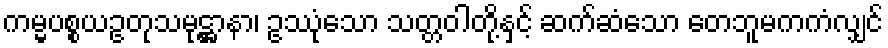
ကမ္မပစ္စယဥတုသမုဋ္ဌာနာ၊ ဥဿုံသော သတ္တဝါတို့နှင့် ဆက်ဆံသော တေဘူမကကံလျှင်